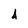
Character: 4